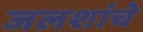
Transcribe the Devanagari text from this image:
जलशांचे